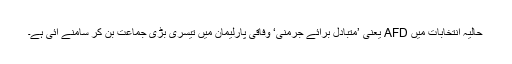
حالیہ انتخابات میں AFD یعنی ’متبادل برائے جرمنی‘ وفاقی پارلیمان میں تیسری بڑی جماعت بن کر سامنے آئی ہے۔